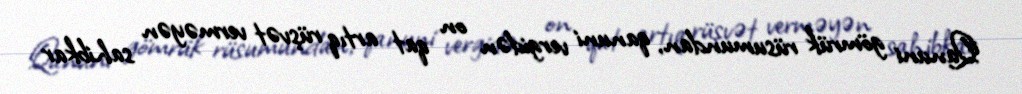
Qanuni gömrük rüsumundan, qanuni vergidən on qat artıq rüşvət verməyən sahibkar